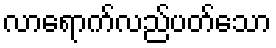
လာရောက်လည်ပတ်သော